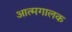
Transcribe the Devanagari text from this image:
आत्मगालक